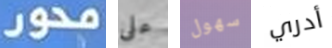
محور على سهول أدري